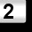
Digit: 2